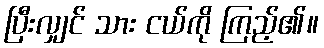
ပြီးလျှင် သား ငယ်ကို ကြည့်၏။